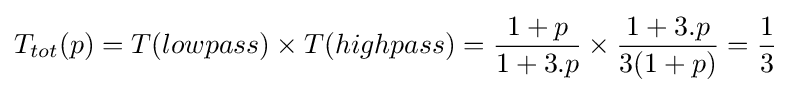
T_{tot}(p)=T(lowpass)\times T(highpass)={\frac {1+p}{1+3.p}}\times {\frac {1+3.p}{3(1+p)}}={\frac {1}{3}}